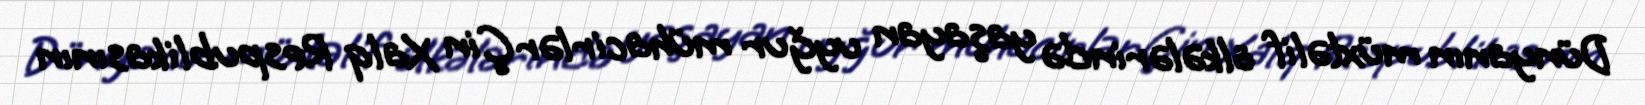
Dünyanın müxtəlif ölkələrində yaşayan uyğur mühacirlər Çin Xalq Respublikasının